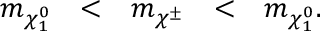
\begin{array} { c c c c c } { { m _ { \chi _ { 1 } ^ { 0 } } } } & { { < } } & { { m _ { \chi ^ { \pm } } } } & { { < } } & { { m _ { \chi _ { 1 } ^ { 0 } } . } } \end{array}